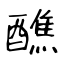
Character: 醮